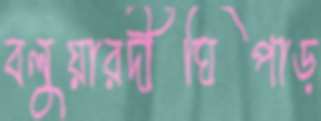
বলুয়ারদীঘিপাড়